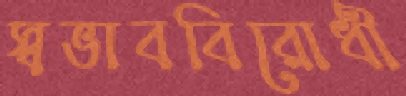
স্বভাববিরোধী